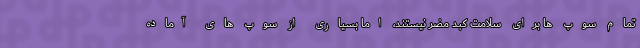
تمام سوپ ها برای سلامت کبد مضر نیستند، اما بسیاری از سوپ های آماده